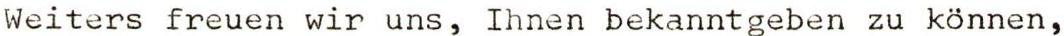
Weiters freuen wir uns, Ihnen bekanntgeben zu können,